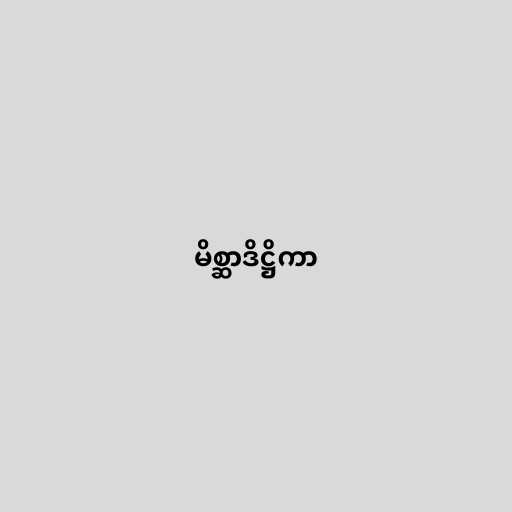
မိစ္ဆာဒိဋ္ဌိကာ